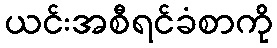
ယင်းအစီရင်ခံစာကို